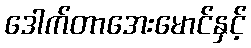
ဒေါက်တာအေးမောင်နှင့်